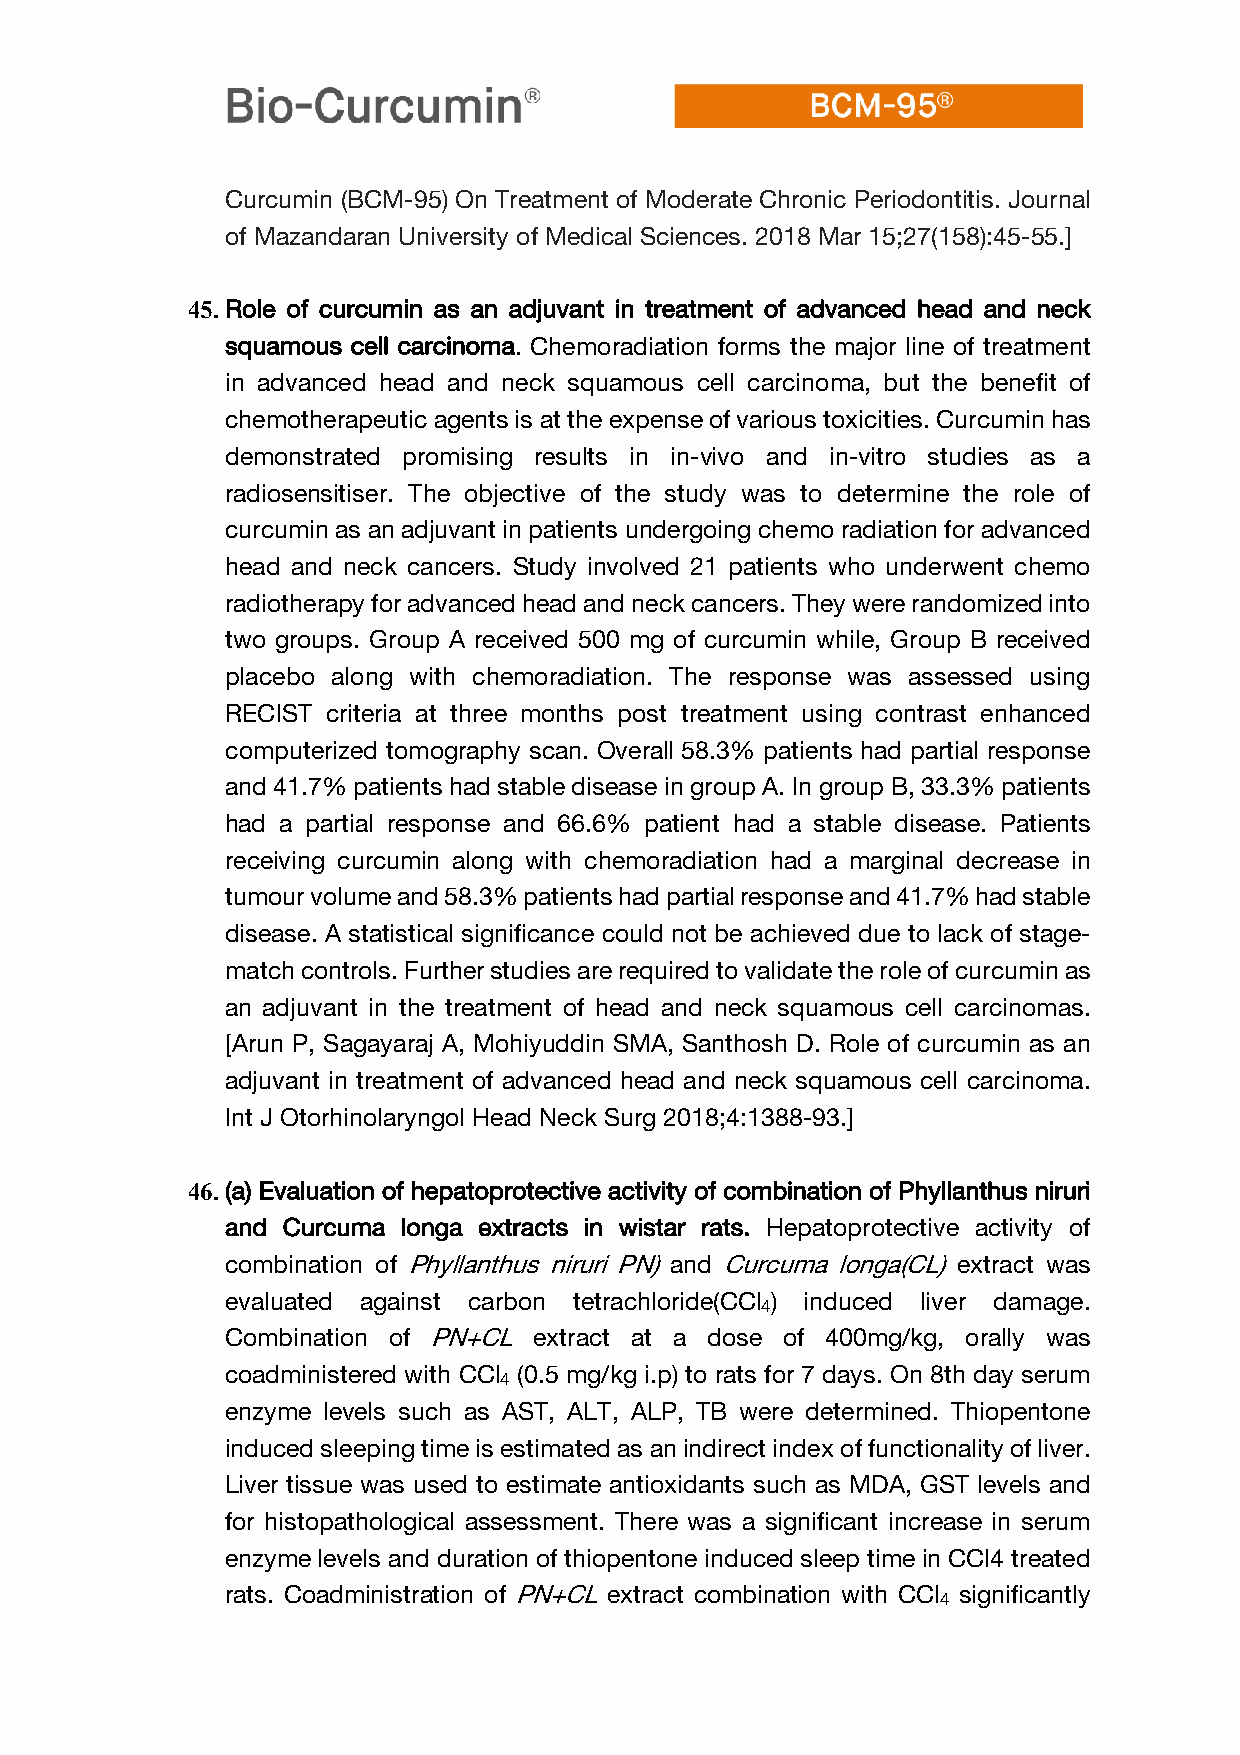
Curcumin (BCM-95) On Treatment of Moderate Chronic Periodontitis. Journal
 of Mazandaran University of Medical Sciences. 2018 Mar 15;27(158):45-55.]
 45. Role of curcumin as an adjuvant in treatment of advanced head and neck
 squamous cell carcinoma. Chemoradiation forms the major line of treatment
 in advanced head and neck squamous cell carcinoma, but the benefit of
 chemotherapeutic agents is at the expense of various toxicities. Curcumin has
 demonstrated promising results in in-vivo and in-vitro studies as a
 radiosensitiser. The objective of the study was to determine the role of
 curcumin as an adjuvant in patients undergoing chemo radiation for advanced
 head and neck cancers. Study involved 21 patients who underwent chemo
 radiotherapy for advanced head and neck cancers. They were randomized into
 two groups. Group A received 500 mg of curcumin while, Group B received
 placebo along with chemoradiation. The response was assessed using
 RECIST criteria at three months post treatment using contrast enhanced
 computerized tomography scan. Overall 58.3% patients had partial response
 and 41.7% patients had stable disease in group A. In group B, 33.3% patients
 had a partial response and 66.6% patient had a stable disease. Patients
 receiving curcumin along with chemoradiation had a marginal decrease in
 tumour volume and 58.3% patients had partial response and 41.7% had stable
 disease. A statistical significance could not be achieved due to lack of stage-
 match controls. Further studies are required to validate the role of curcumin as
 an adjuvant in the treatment of head and neck squamous cell carcinomas.
 [Arun P, Sagayaraj A, Mohiyuddin SMA, Santhosh D. Role of curcumin as an
 adjuvant in treatment of advanced head and neck squamous cell carcinoma.
 Int J Otorhinolaryngol Head Neck Surg 2018;4:1388-93.]
 46. (a) Evaluation of hepatoprotective activity of combination of Phyllanthus niruri
 and Curcuma longa extracts in wistar rats. Hepatoprotective activity of
 combination of Phyllanthus niruri PN) and Curcuma longa(CL) extract was
 evaluated against carbon tetrachloride(CCl ) induced liver damage.
 4
 Combination of PN+CL extract at a dose of 400mg/kg, orally was
 coadministered with CCl (0.5 mg/kg i.p) to rats for 7 days. On 8th day serum
 4
 enzyme levels such as AST, ALT, ALP, TB were determined. Thiopentone
 induced sleeping time is estimated as an indirect index of functionality of liver.
 Liver tissue was used to estimate antioxidants such as MDA, GST levels and
 for histopathological assessment. There was a significant increase in serum
 enzyme levels and duration of thiopentone induced sleep time in CCl4 treated
 rats. Coadministration of PN+CL extract combination with CCl significantly
 4